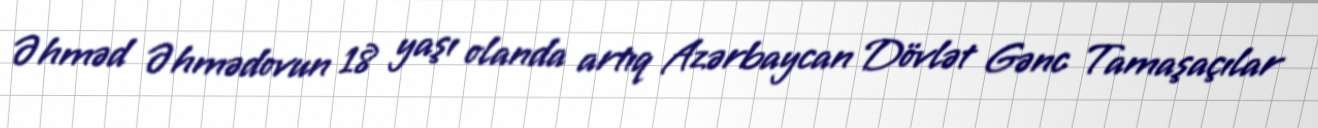
Əhməd Əhmədovun 18 yaşı olanda artıq Azərbaycan Dövlət Gənc Tamaşaçılar